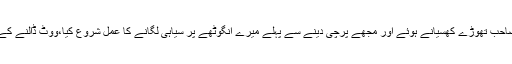
اس اچانک ’’افتاد‘‘ پر وہ صاحب تھوڑے کھسیانے ہوئے اور مجھے پرچی دینے سے پہلے میرے انگوٹھے پر سیاہی لگانے کا عمل شروع کیا،ووٹ ڈالنے کے بعد مَیں نے محسوس کیا۔